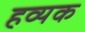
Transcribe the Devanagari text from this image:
हव्यक